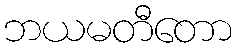
ဘယမတီတော